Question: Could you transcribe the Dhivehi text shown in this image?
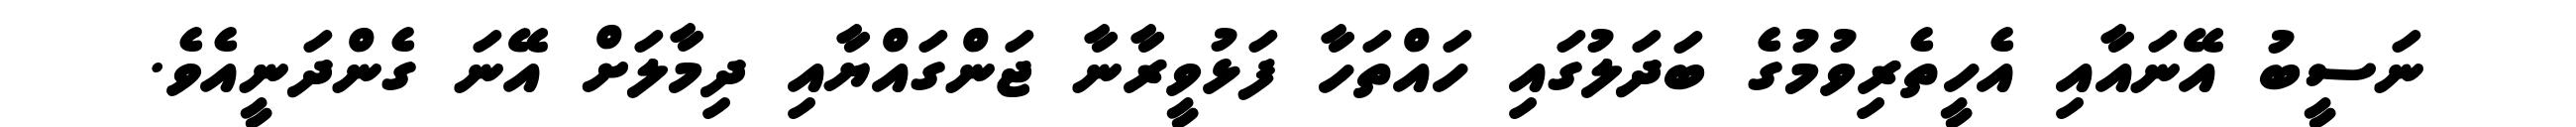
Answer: ނަސީބު އޭނައާއި އެހީތެރިވުމުގެ ބަދަލުގައި ހައްތަހާ ފަޅުވީރާނާ ޖަންގައްޔާއި ދިމާލަށް އޭނަ ގެންދަނީއެވެ.